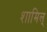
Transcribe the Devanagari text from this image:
शामिल्